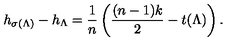
h _ { \sigma ( \Lambda ) } - h _ { \Lambda } = \frac 1 n \left( \frac { ( n - 1 ) k } 2 - t ( \Lambda ) \right) .